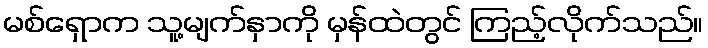
မစ်ရှောက သူ့မျက်နှာကို မှန်ထဲတွင် ကြည့်လိုက်သည်။